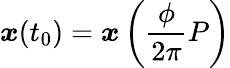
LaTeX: \boldsymbol{x}(t_{0})=\boldsymbol{x}\left(\frac{\phi}{2\pi}P\right)